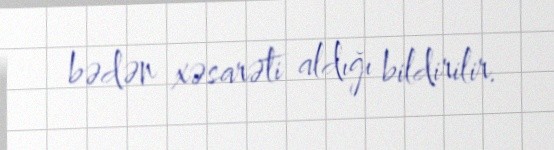
bədən xəsarəti aldığı bildirilir.